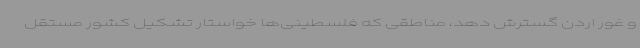
و غور اردن گسترش دهد، مناطقی که فلسطینی‌ها خواستار تشکیل کشور مستقل